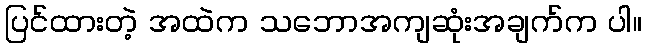
ပြင်ထားတဲ့ အထဲက သဘောအကျဆုံးအချက်က ပါ။